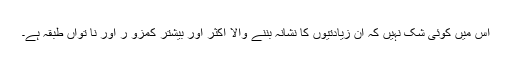
اس میں کوئی شک نہیں کہ ان زیادتیوں کا نشانہ بننے والا اکثر اور بیشتر کمزو ر اور نا تواں طبقہ ہے۔